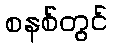
စနစ်တွင်